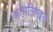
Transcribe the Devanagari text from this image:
अभिलिखत